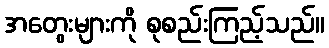
အတွေးများကို စုစည်းကြည့်သည်။